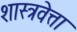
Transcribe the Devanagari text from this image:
शास्त्रवेत्ता